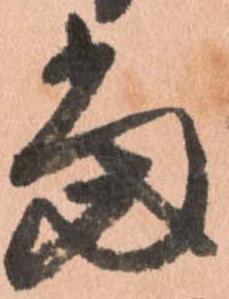
當